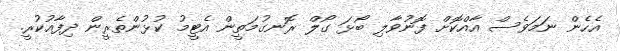
އެހެން ނަމަވެސް އާއްކޮށް ފޮނުވާލި ބޯޅަ ގޯލް ރޮނގުމަތީން އެޓީމު ކުޅުންތެރީން ދިފާއުކުރީ.